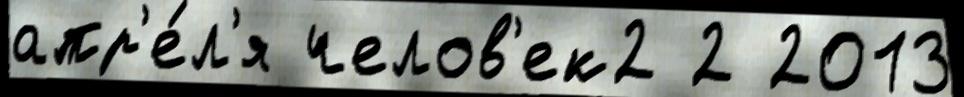
апр'е́л'я челов'ек2 2 2013